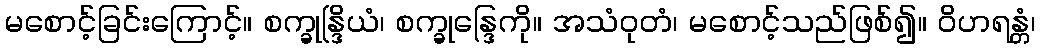
မစောင့်ခြင်းကြောင့်။ စက္ခုန္ဒြိယံ၊ စက္ခုန္ဒြေကို။ အသံဝုတံ၊ မစောင့်သည်ဖြစ်၍။ ဝိဟရန္တံ၊